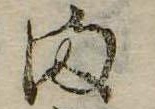
ま